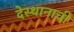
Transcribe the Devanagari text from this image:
देस्थानाची